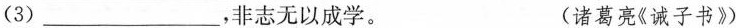
(3)___，非志无以成学。 (诸葛亮《诫子书》)